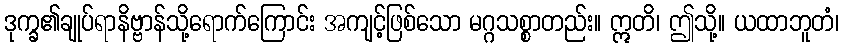
ဒုက္ခ၏ချုပ်ရာနိဗ္ဗာန်သို့ရောက်ကြောင်း အကျင့်ဖြစ်သော မဂ္ဂသစ္စာတည်း။ ဣတိ၊ ဤသို့။ ယထာဘူတံ၊